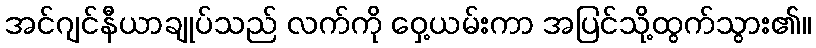
အင်ဂျင်နီယာချုပ်သည် လက်ကို ဝှေ့ယမ်းကာ အပြင်သို့ထွက်သွား၏။